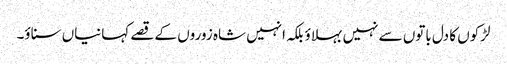
لڑکوں کا دل باتوں سے نہیں بہلاؤ بلکہ انہیں شاہ زوروں کے قصے کہانیاں سناؤ۔